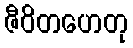
ဇီဝိတဟေတု